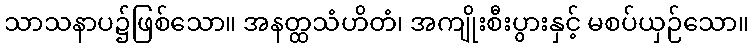
သာသနာပ၌ဖြစ်သော။ အနတ္ထသံဟိတံ၊ အကျိုးစီးပွားနှင့် မစပ်ယှဉ်သော။